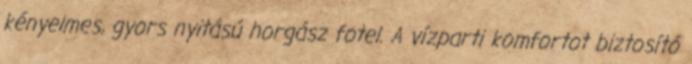
kényelmes, gyors nyitású horgász fotel. A vízparti komfortot biztosító